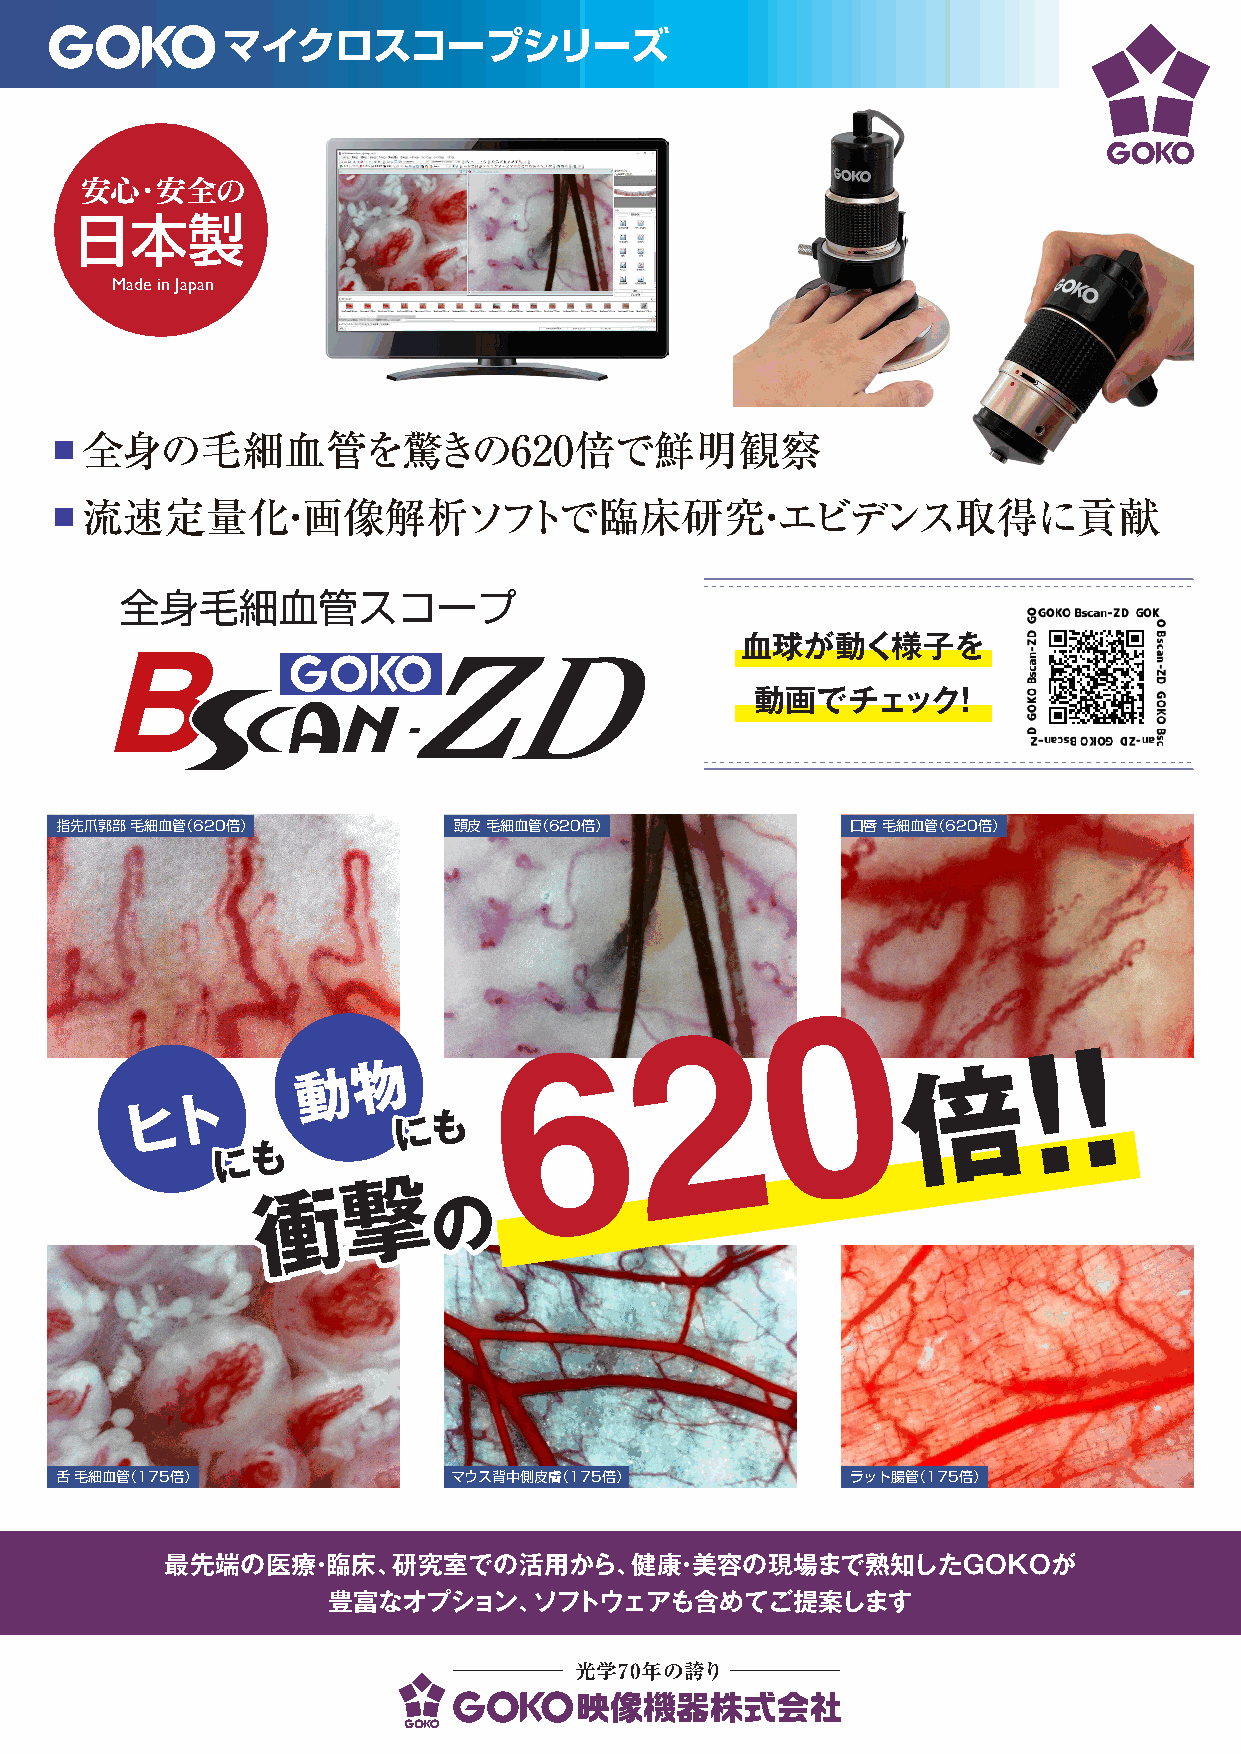
マイクロスコープシリーズ
 安心・安全の
 日本製
 Made in Japan
 全身の毛細血管を驚きの620倍で鮮明観察
 ■
 流速定量化・画像解析ソフトで臨床研究・エビデンス取得に貢献
 ■
 血球が動く様子を
 動画でチェック！
 指指先先爪爪郭郭部部 毛毛細細血血管管（（662200倍倍）） 頭皮 毛細血管（620倍）       口唇 毛細血管（620倍）
 0
 動   物                  2                         !  !
 6                         倍
 ト
 ヒ                   も
 に
 も
 に
 撃
 衝           の
 舌 毛細血管（175倍）              マウス背中側皮膚（175倍）            ラット腸管（175倍）
 最先端の医療・臨床、研究室での活用から、健康・美容の現場まで熟知したGOKOが
 豊富なオプション、ソフトウェアも含めてご提案します
 光学70年の誇り